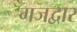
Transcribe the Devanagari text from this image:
गजद्वार